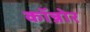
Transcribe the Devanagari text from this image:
कॉन्नोर